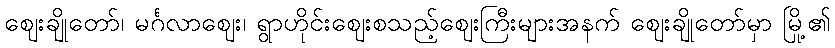
ဈေးချိုတော်၊ မင်္ဂလာဈေး၊ ရွာဟိုင်းဈေးစသည့်ဈေးကြီးများအနက် ဈေးချိုတော်မှာ မြို့၏